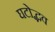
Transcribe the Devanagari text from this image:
घटोद्भव